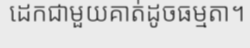
ដេកជាមួយគាត់ដូចធម្មតា។